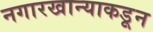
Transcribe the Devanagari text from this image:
नगारखान्याकडून